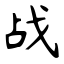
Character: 战